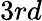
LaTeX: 3rd